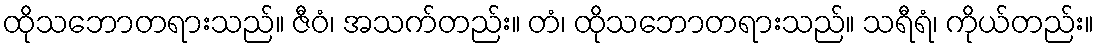
ထိုသဘောတရားသည်။ ဇီဝံ၊ အသက်တည်း။ တံ၊ ထိုသဘောတရားသည်။ သရီရံ၊ ကိုယ်တည်း။